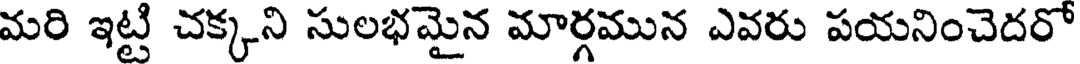
మరి ఇట్టి చక్కని సులభమైన మార్గమున ఎవరు పయనించెదరో